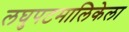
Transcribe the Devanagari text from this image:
लघुपटमालिकेला